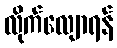
လိုက်လျောရန်